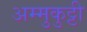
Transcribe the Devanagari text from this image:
अम्मुकुट्टी